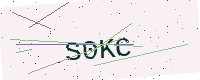
Text: S0KC